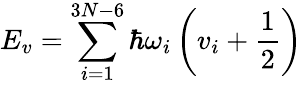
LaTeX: E_{v}=\sum_{i=1}^{3N-6}\hbar\omega_{i}\left(v_{i}+\frac{1}{2}\right)